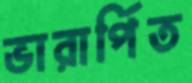
ভারার্পিত